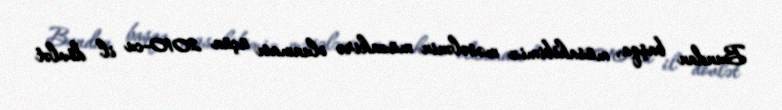
Bundan başqa, müsahibimiz məsələnin müzakirə olunması üçün 2010-cu il dövlət